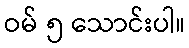
ဝမ် ၅ သောင်းပါ။